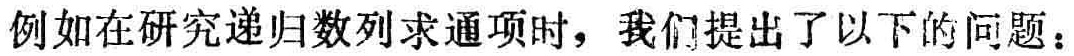
例如在研究递归数列求通项时，我们提出了以下的问题：